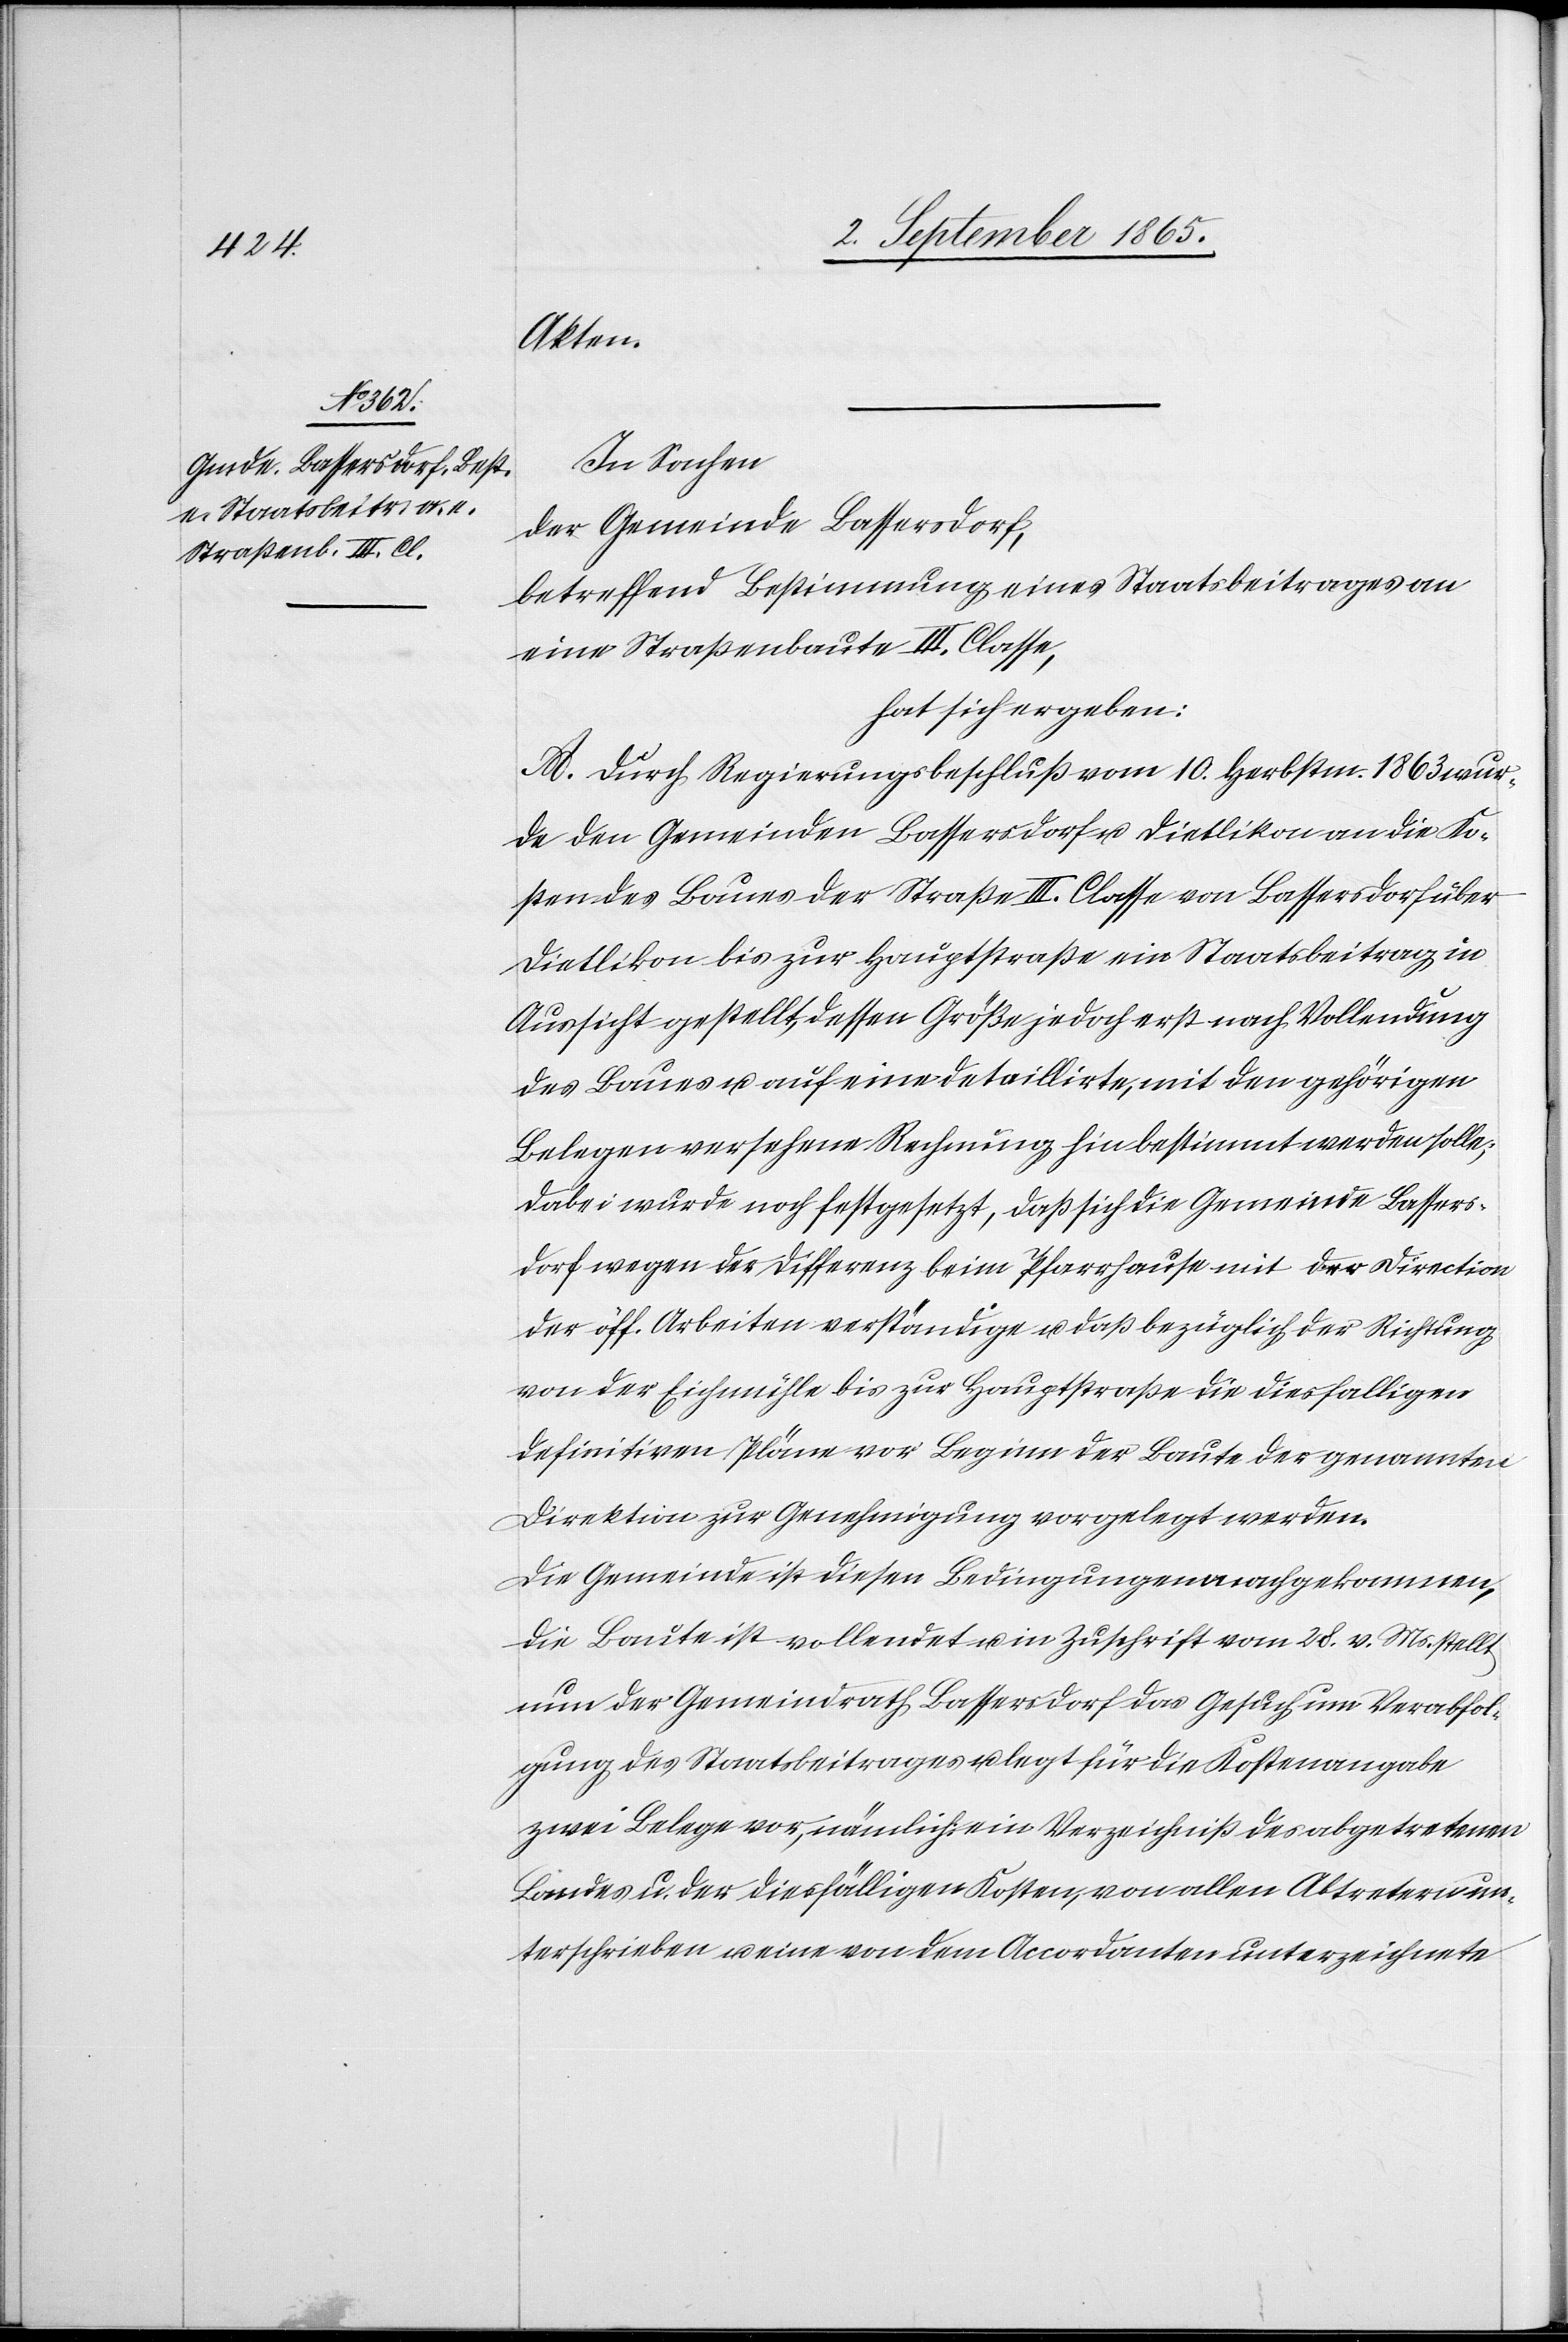
Akten.
In Sachen
der Gemeinde Bassersdorf,
betreffend Bestimmung eines Staatsbeitrages an
eine Straßenbaute III. Classe,
hat sich ergeben:
A. Durch Regierungsbeschluß vom 10. Herbstm. 1863 wur¬
de den Gemeinden Bassersdorf u. Dietlikon an die Ko¬
sten des Baues der Straße III. Classe von Bassersdorf über
Dietlikon bis zur Hauptstraße ein Staatsbeitrag in
Aussicht gestellt, dessen Größe jedoch erst nach Vollendung
des Baues u. auf eine detaillirte, mit den gehörigen
Belegen versehene Rechnung hin bestimmt werden solle;
dabei wurde noch festgesetzt, daß sich die Gemeinde Bassers¬
dorf wegen der Differenz beim Pfarrhause mit der Direction
der öff. Arbeiten verständige u. daß bezüglich der Richtung
von der Eichmühle bis zur Hauptstraße die diesfalligen
definitiven Pläne vor Beginn der Baute der genannten
Direktion zur Genehmigung vorgelegt werden.
Die Gemeinde ist diesen Bedingungen nachgekommen,
die Baute ist vollendet u. in Zuschrift vom 28. v. Ms. stellt
nun der Gemeindrath Bassersdorf das Gesuch um Verabfol¬
gung des Staatsbeitrages u. legt für die Kostenangabe
zwei Belege vor, nämlich ein Verzeichniß des abgetretenen
Landes u. der diesfälligen Kosten, von allen Abtretern un¬
terschrieben u. eine von dem Accordanten unterzeichnete